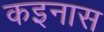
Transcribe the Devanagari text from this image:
कइनास